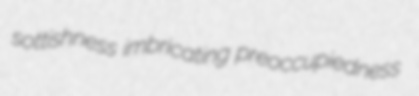
sottishness imbricating preoccupiedness